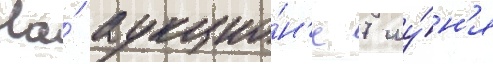
На́ аукцио́н'е 7 иу́н'я